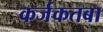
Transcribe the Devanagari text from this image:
कर्जकतबा